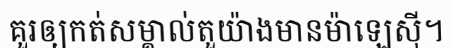
គួរឲ្យកត់សម្គាល់តួយ៉ាងមានម៉ាឡេស៊ី។